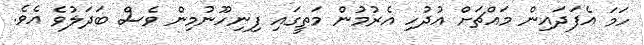
ހަމަ އެފަދައިން މައްޗަށް އުދުހި އެރުމުން މަތީގައި ފިނިހޫނުމިން ވެސް ބަދަލުވެ އެވެ.